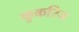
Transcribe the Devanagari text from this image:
कुकरिज